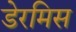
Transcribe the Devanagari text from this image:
डेरमिस